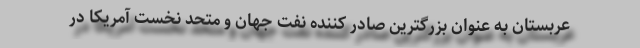
عربستان به عنوان بزرگترین صادر کننده نفت جهان و متحد نخست آمریکا در